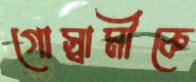
গোস্বামীকে